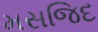
મસજિદ